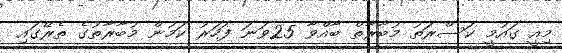
މިއީ ގައުމީ ކަސްރަތު މުބާރާތް ބާއްވާ 25ވަނަ ފަހަރު ކަމުން މުބާރާތުގެ ތެރޭގައި